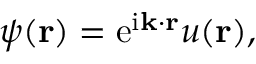
\psi ( \mathbf { r } ) = \mathrm { e } ^ { \mathrm { i } \mathbf { k } \cdot \mathbf { r } } u ( \mathbf { r } ) ,